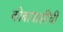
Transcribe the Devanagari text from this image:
कोबायाशींची